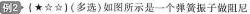
例2 (多选)如图所示是一个弹簧振子做阻尼